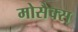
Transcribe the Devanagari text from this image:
मोसैक्स